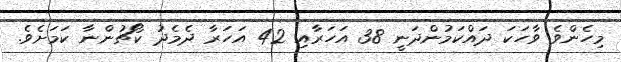
މިހެންވެ ވާހަކަ ދައްކަމުންދަނީ 38 އަހަރާއި 42 އަހަރާ ދެމެދު ކޯޗުންނާ ކަމަށެވެ.